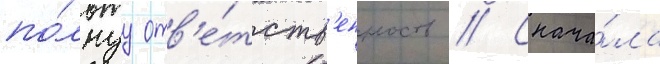
по́лнуу отв'е́тств'енность // Снача́ла